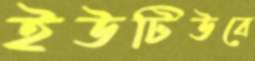
ইউটিউবে